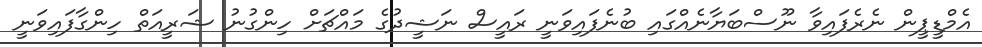
އެމްޑީޕީން ނެރެފައިވާ ނޫސްބަޔާނެއްގައި ބުނެފައިވަނީ ރައީސް ނަޝީދުގެ މައްޗަށް ހިންގުނު ޝަރީއަތް ހިންގާފައިވަނީ